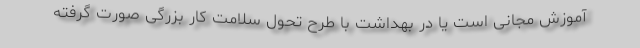
آموزش مجانی است یا در بهداشت با طرح تحول سلامت کار بزرگی صورت گرفته